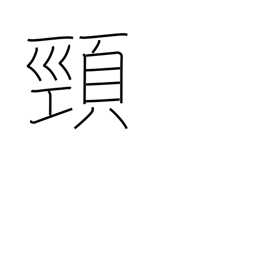
Meaning: neck